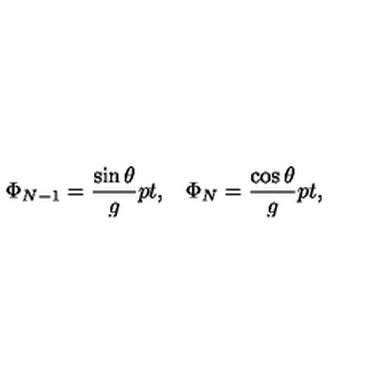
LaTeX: \Phi _ { N - 1 } = { \frac { \sin \theta } { g } } \raise 2 p t \mathrm { , } \quad \Phi _ { N } = { \frac { \cos \theta } { g } } \raise 2 p t \mathrm { , }